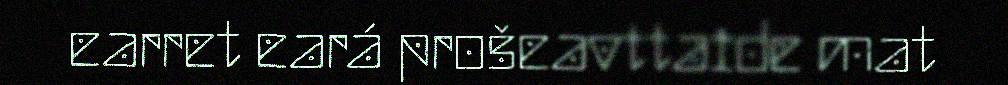
earret eará prošeavttaide mat